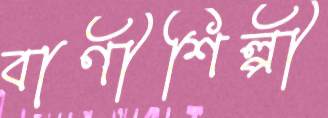
বাণীশিল্পী